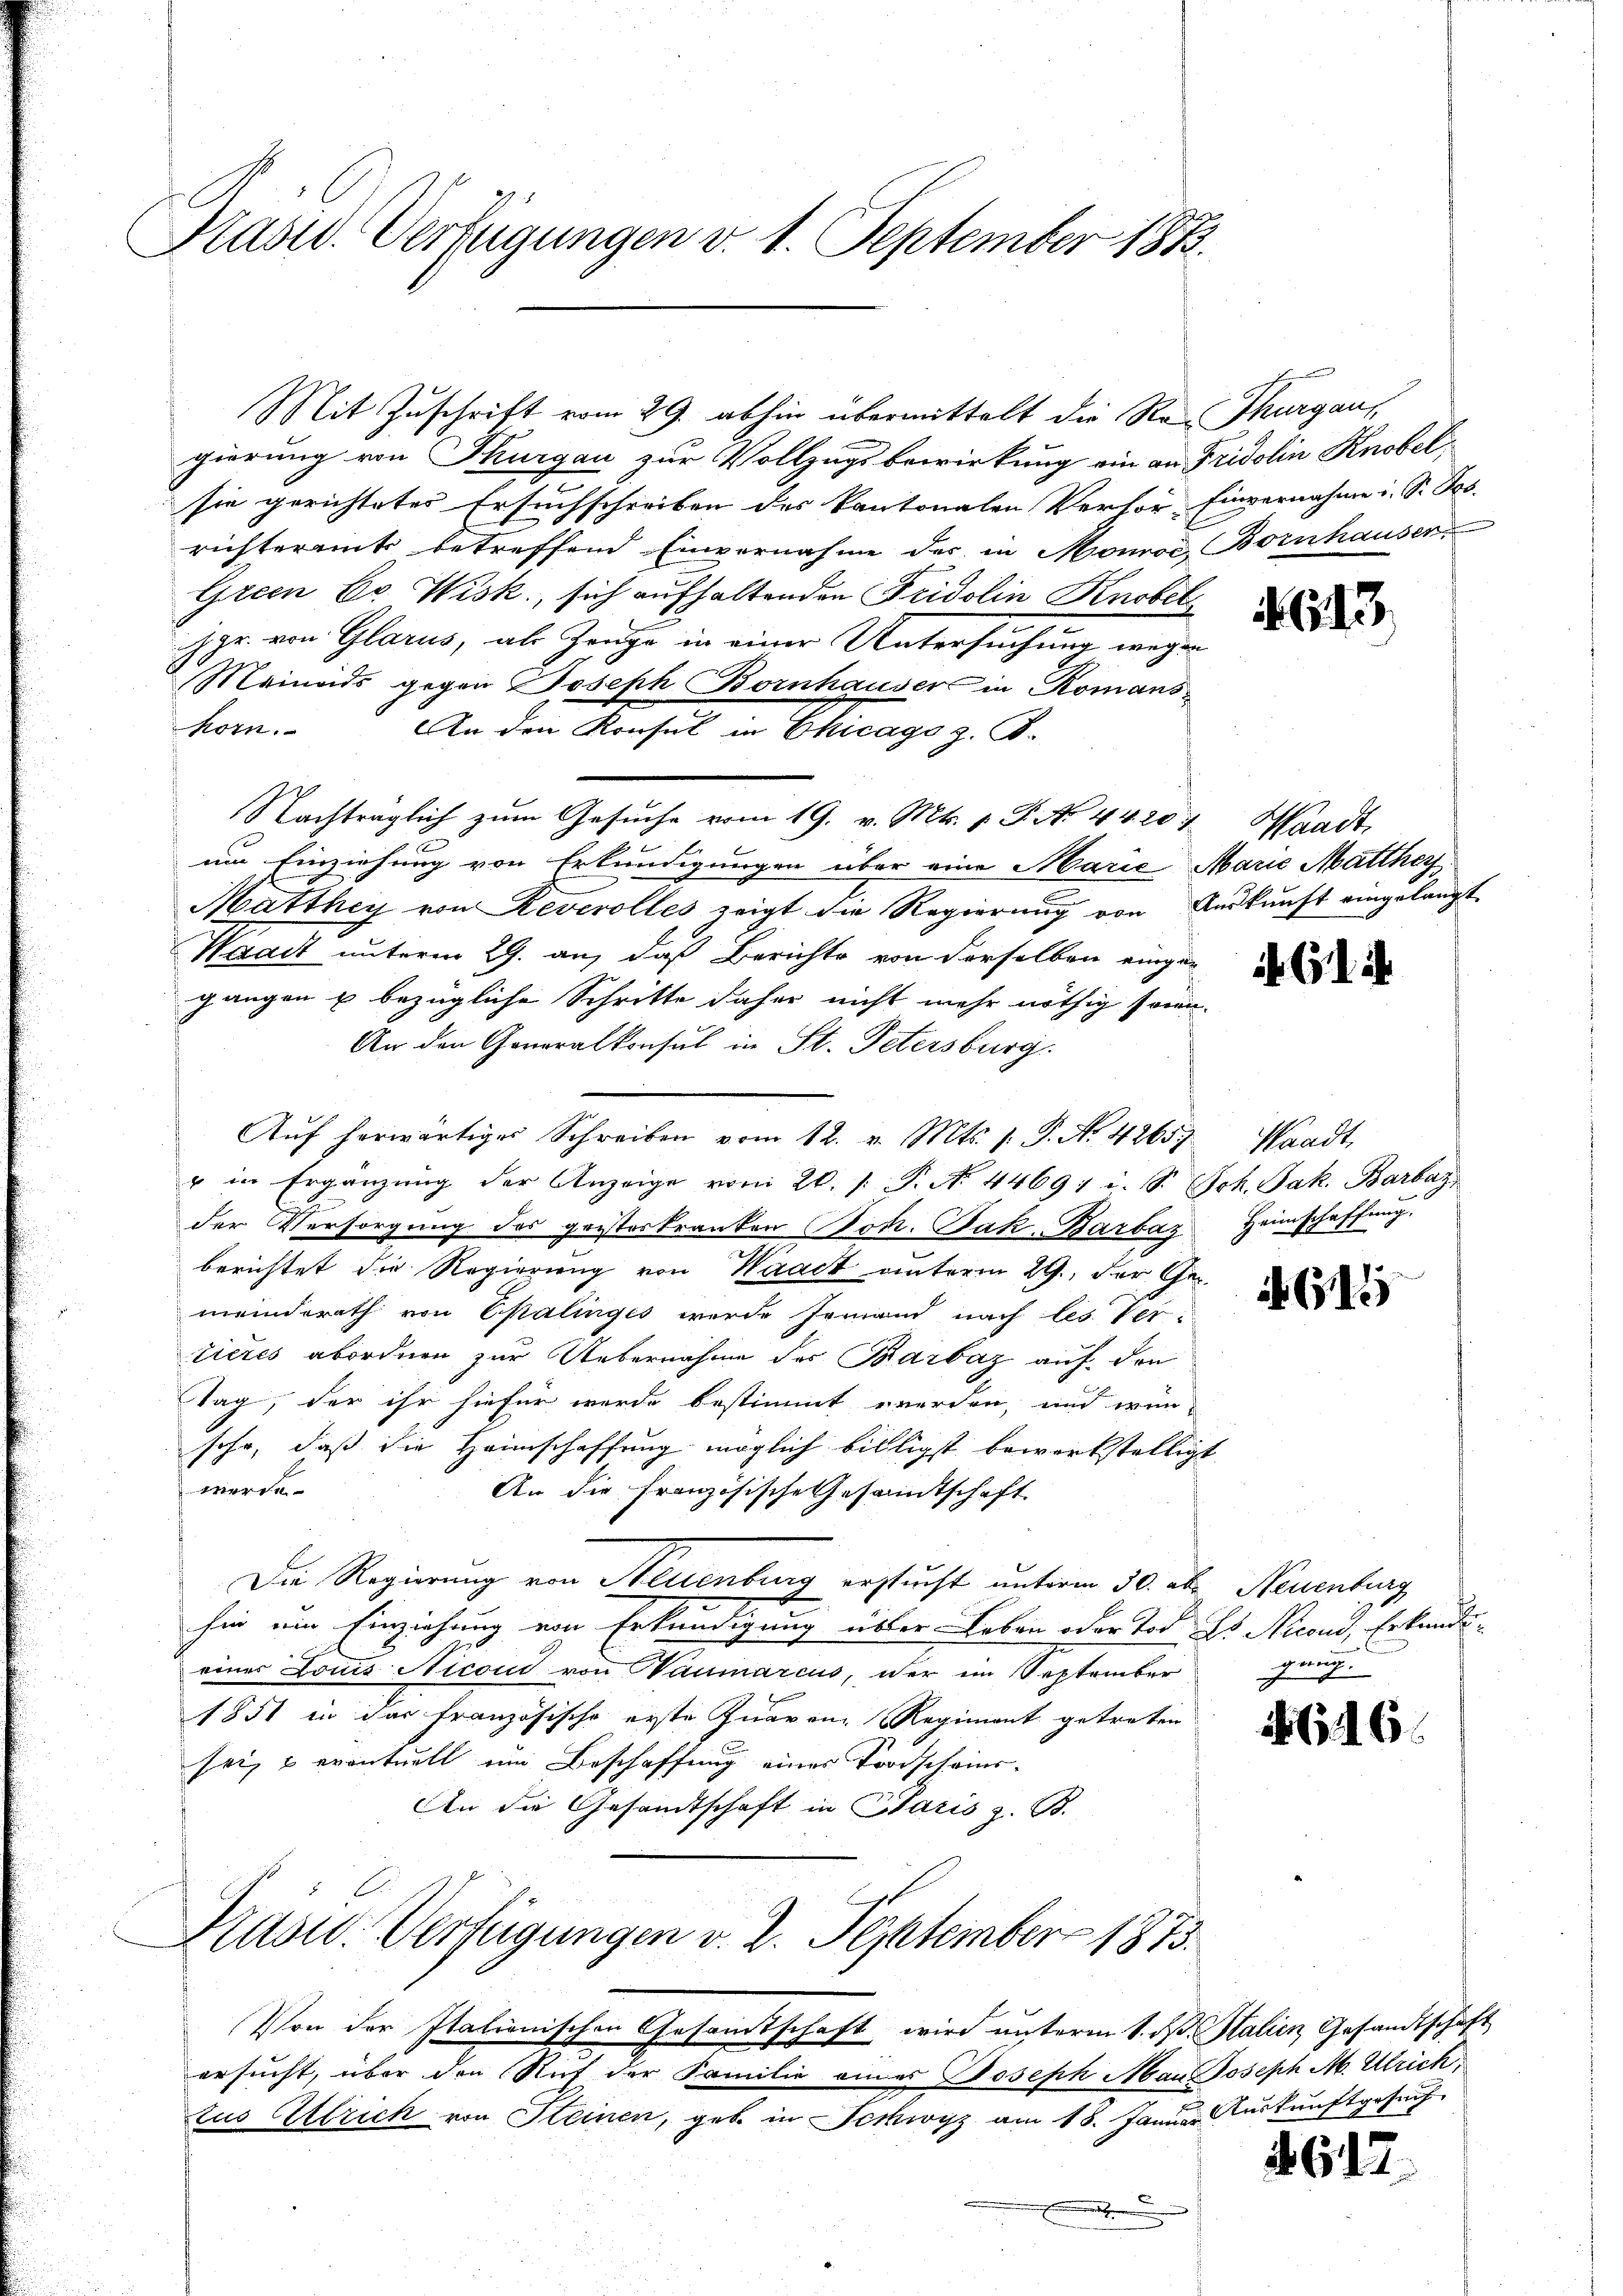
Präsid. Verfügungen v. 1. September 1883.

Mit Zuschrift vom 29. abhin übermittelt die Re-Thurgaus
gierung von Thurgau zur Vollzugsbewirkung ein an Fridolin Knobelsie gerichtetes Ersuchschreiben des Kantonalen Verhör Einvernahme i. S. Jos.
richteramt betreffend Einvernahme des in Monoe Bornhauser
Green Dr Wisk, sich aufhaltenden Fridolin Knobet
Jgr. von Glarus, als Zeuge in einer Untersuchung wegen
Meines gegen Joseph Bornhausers in Romanskorn.
An den Konsul in Chicago z. B.
Nachträglich zum Gesuche vom 19. v. Mts. 1. P. No 44. 20:
2
b
um Einziehung von Erkundigungen über eine Marie Marie Matthey
Matthey von Reverolles zeigt die Regierŭng von Aŭskŭnft eingelangt
Waadt unterm 29. an, daß Berichte von derselben eingen
gangen u bezügliche Schritte daher nicht mehr nöthig son-
An den Generalkonsul in St. Petersburg.
Aŭf herwärtiger Schreiben vom 12. v. Mts. s. S. Nr. 42659, Waadt
" in Ergänzung der Anzeige vom 20. /. P. No. 44691 u. S. Joh. Jak. Barbar
der Versorgung des geisteskranken Joh. Jak. Barbaz
berichtet die Regierung von Waadt unterm 29. der Gemeinderath von Epalinges werde Jemand nach les. Ver-
tieres abordnen zur Uebernahme des Barbaz auf den
Tag, der ihr hiefür werde bestimmt werden, und wün-
sehr, daß die Heimschaffung möglich billigst bewerkstelligt
werde.
An die französische Gesandtschaft
Die Regierung von Neuenburg erstucht unterm 30. ab. Neuenburg
hin ein Einziehung von Erkundigung über Leben oder Tod Hs. Nicoud, Erkundeeiner Louis Nicond von Naumarcus, der im September
1851 in das französische erste Quaren Regiment getreten
sei, & eventuell um Beschaffung eines Trodscheins-
An die Gesandtschaft in Paris z. B.
Kasid. Verfügungen v. 2. September 1873.
Von der Italionischen Gesandtschaft wird unterm 1. ds. Stalien Gesandtschaft
ersucht, über den Ruf der Familie eines Joseph Man Joseph M. Ulrich,
cus Ulrich von Steinen, geb. in Schwyz am 18. Januar Auskunftgesuch
.

G13

Waadt.

. . .

eng,
Heimschafte

615

646.

467.

gang.